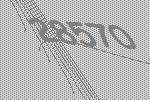
28570